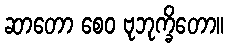
ဆာတော စေဝ ဗုဘုက္ခိတော။